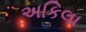
અકિલા